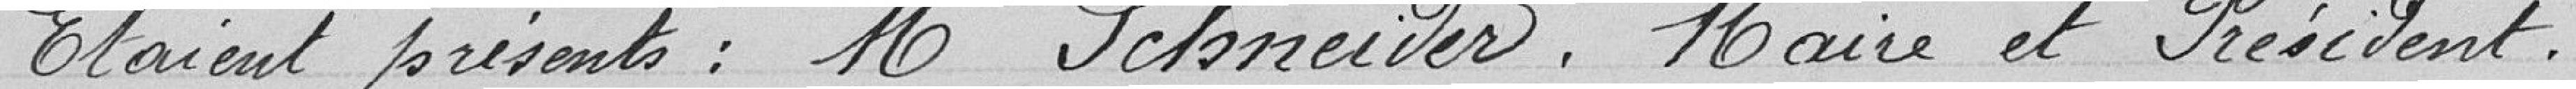
Etaient présents : Mr Schneider, Maire et Président.